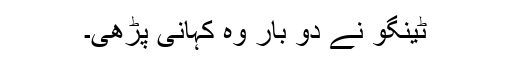
ٹینگو نے دو بار وہ کہانی پڑھی۔